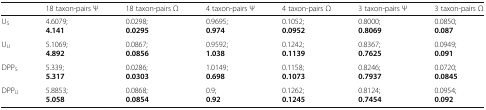
|  | 18 taxon-pairs Ψ | 18 taxon-pairs Ω | 4 taxon-pairs Ψ | 4 taxon-pairs Ω | 3 taxon-pairs Ψ | 3 taxon-pairs Ω |
 | --- | --- | --- | --- | --- | --- | --- |
 | US | 4.6079;4.141 | 0.0298;0.0295 | 0.9695;0.974 | 0.1052; 0.0952 | 0.8000; 0.8069 | 0.0850;0.087 |
 | UU | 5.1069; 4.892 | 0.0867; 0.0856 | 0.9592; 1.038 | 0.1242; 0.1139 | 0.8367; 0.7625 | 0.0949; 0.091 |
 | DPPS | 5.339;5.317 | 0.0286;0.0303 | 1.0149;0.698 | 0.1158; 0.1073 | 0.8246; 0.7937 | 0.0720; 0.0845 |
 | DPPU | 5.8853;5.058 | 0.0868;0.0854 | 0.9;0.92 | 0.1262; 0.1245 | 0.8124; 0.7454 | 0.0954;0.092 |